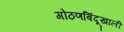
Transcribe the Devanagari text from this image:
गोठणबिंदूखाली